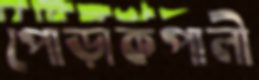
পোড়াকপালী